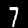
Digit: 7